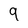
Character: 9